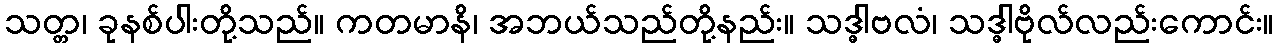
သတ္တ၊ ခုနစ်ပါးတို့သည်။ ကတမာနိ၊ အဘယ်သည်တို့နည်း။ သဒ္ဓါဗလံ၊ သဒ္ဓါဗိုလ်လည်းကောင်း။